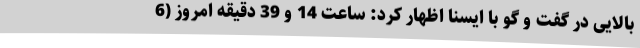
بالایی در گفت و گو با ایسنا اظهار کرد: ساعت 14 و 39 دقیقه امروز (6